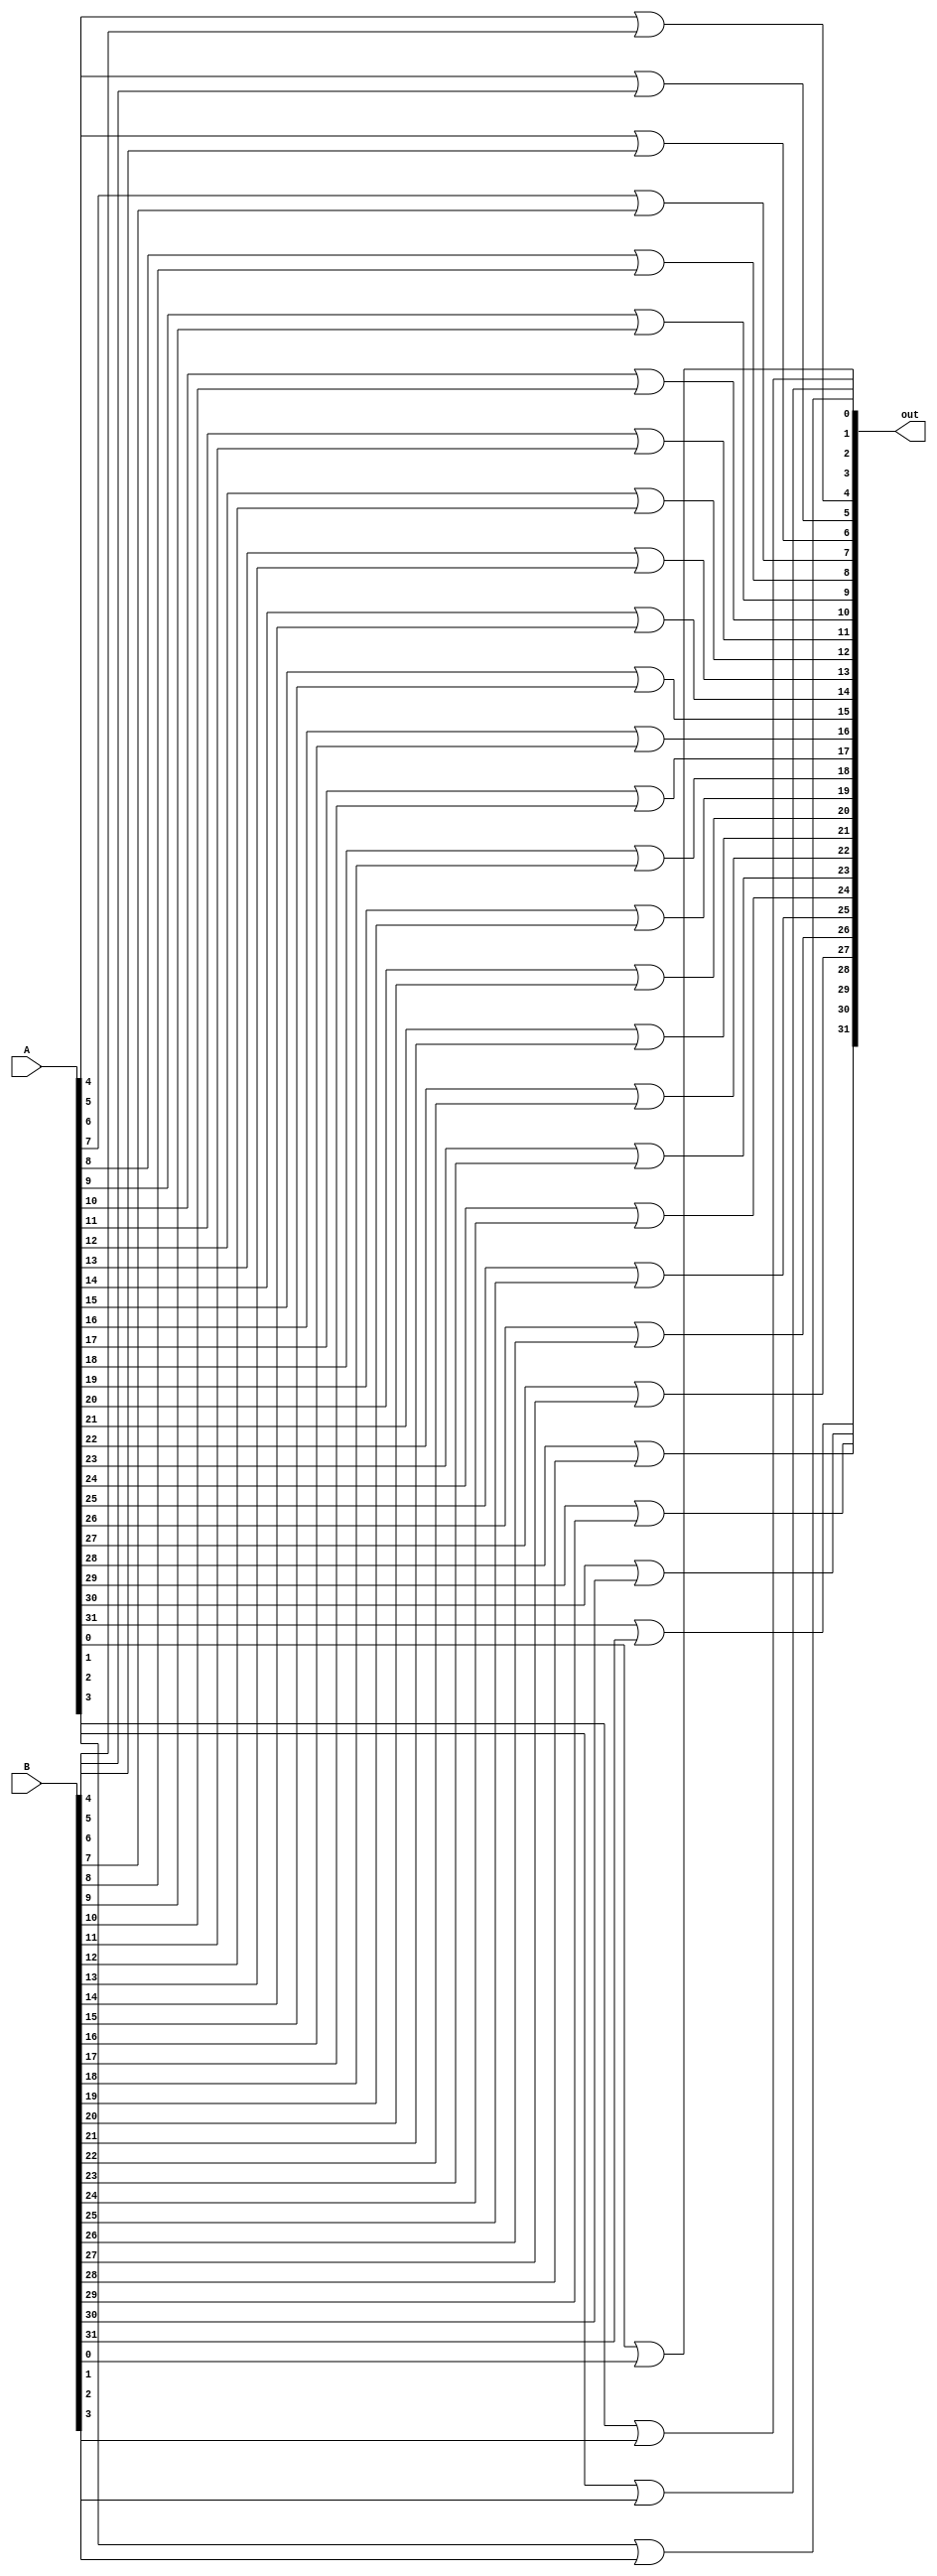
module bitwise_OR (out, A, B);

    output[31:0] out;
    input[31:0] A, B;
    
    or or_0(out[0], A[0], B[0]);
    or or_1(out[1], A[1], B[1]);
    or or_2(out[2], A[2], B[2]);
    or or_3(out[3], A[3], B[3]);
    or or_4(out[4], A[4], B[4]);
    or or_5(out[5], A[5], B[5]);
    or or_6(out[6], A[6], B[6]);
    or or_7(out[7], A[7], B[7]);
    or or_8(out[8], A[8], B[8]);
    or or_9(out[9], A[9], B[9]);
    or or_10(out[10], A[10], B[10]);
    or or_11(out[11], A[11], B[11]);
    or or_12(out[12], A[12], B[12]);
    or or_13(out[13], A[13], B[13]);
    or or_14(out[14], A[14], B[14]);
    or or_15(out[15], A[15], B[15]);
    or or_16(out[16], A[16], B[16]);
    or or_17(out[17], A[17], B[17]);
    or or_18(out[18], A[18], B[18]);
    or or_19(out[19], A[19], B[19]);
    or or_20(out[20], A[20], B[20]);
    or or_21(out[21], A[21], B[21]);
    or or_22(out[22], A[22], B[22]);
    or or_23(out[23], A[23], B[23]);
    or or_24(out[24], A[24], B[24]);
    or or_25(out[25], A[25], B[25]);
    or or_26(out[26], A[26], B[26]);
    or or_27(out[27], A[27], B[27]);
    or or_28(out[28], A[28], B[28]);
    or or_29(out[29], A[29], B[29]);
    or or_30(out[30], A[30], B[30]);
    or or_31(out[31], A[31], B[31]);

endmodule